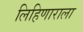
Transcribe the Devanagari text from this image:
लिहिणाराला